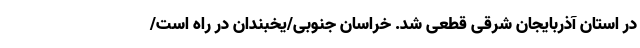
در استان آذربایجان شرقی قطعی شد. خراسان جنوبی/یخبندان در راه است/